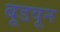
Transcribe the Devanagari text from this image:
बूडवून